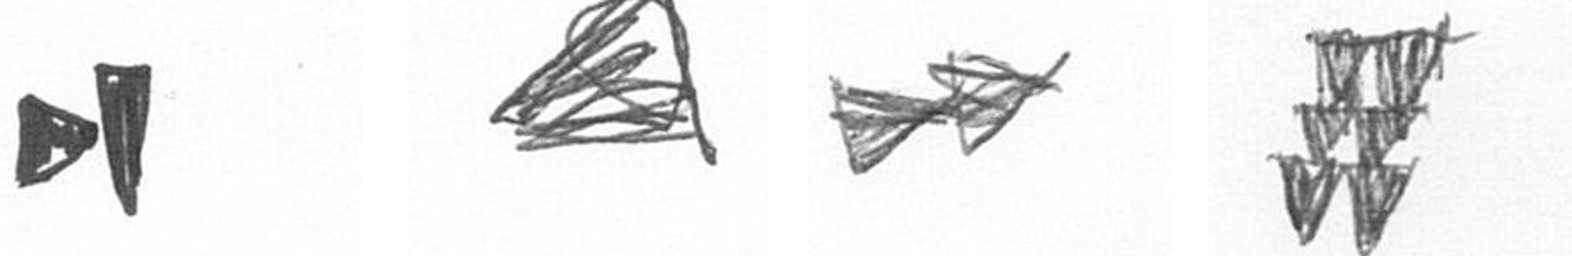
M O A Y